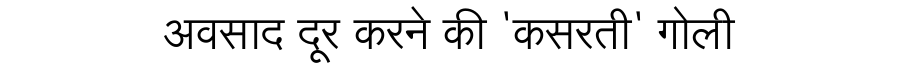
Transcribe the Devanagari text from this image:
अवसाद दूर करने की 'कसरती' गोली